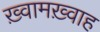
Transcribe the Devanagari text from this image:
ख़्वामख़्वाह